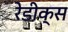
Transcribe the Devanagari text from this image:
रेडीक्स